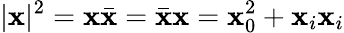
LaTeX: |\mathbf{x}|^{2}=\mathbf{x}\bar{{\mathbf{x}}}=\bar{{\mathbf{x}}}\mathbf{x}=\mathbf{x}_{0}^{2}+\mathbf{x}_{i}\mathbf{x}_{i}